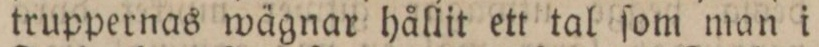
truppernas wägnar hållit ett tal ſom man i